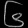
Digit: ၆